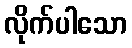
လိုက်ပါသော